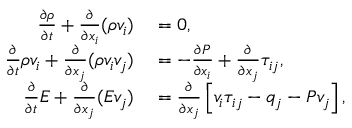
\begin{array} { r l } { \frac { \partial \rho } { \partial t } + \frac { \partial } { \partial x _ { i } } ( \rho v _ { i } ) } & { { } = 0 , } \\ { \frac { \partial } { \partial t } \rho v _ { i } + \frac { \partial } { \partial x _ { j } } ( \rho v _ { i } v _ { j } ) } & { { } = - \frac { \partial P } { \partial x _ { i } } + \frac { \partial } { \partial x _ { j } } \tau _ { i j } , } \\ { \frac { \partial } { \partial t } E + \frac { \partial } { \partial x _ { j } } ( E v _ { j } ) } & { { } = \frac { \partial } { \partial x _ { j } } \left[ v _ { i } \tau _ { i j } - q _ { j } - P v _ { j } \right] , } \end{array}